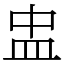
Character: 盅